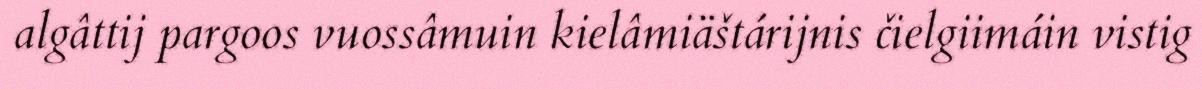
algâttij pargoos vuossâmuin kielâmiäštárijnis čielgiimáin vistig